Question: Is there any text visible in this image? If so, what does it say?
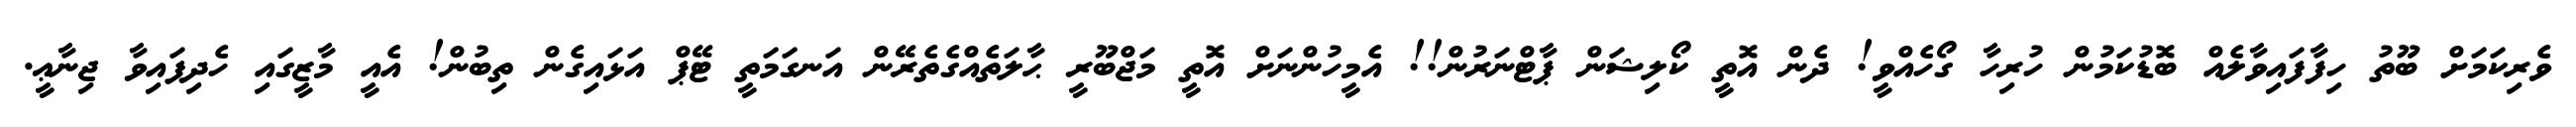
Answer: ވެރިކަމަށް ބޫތު ހިފާފައިވާލެއް ބޮޑުކަމުން ހުރިހާ ގޯހެއްވީ! ދެން އޮތީ ކޯލިޝަން ޕާޓްނަރުން!! އެމީހުންނަށް އޮތީ މަޖްބޫރީ ޙާލަތެއްގެތެރޭން އަނގަމަތީ ޓޭޕް އަޅައިގެން ތިބުން! އެއީ މާޒީގައި ހެދިފައިވާ ޖިނާޢީ.